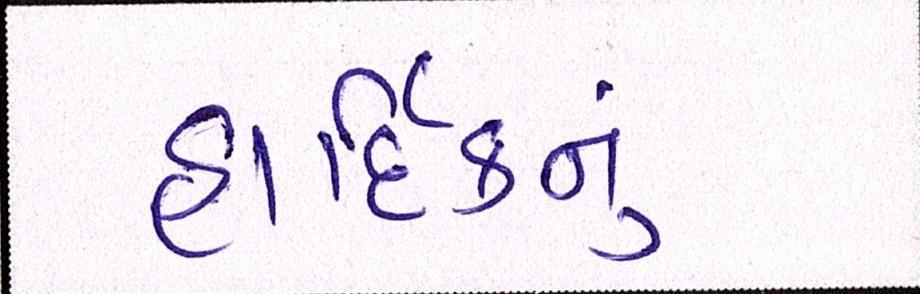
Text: હાર્દિકનું